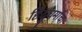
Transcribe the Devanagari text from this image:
हिंदुधर्माचा